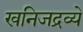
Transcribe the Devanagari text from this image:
खनिजद्रव्ये